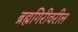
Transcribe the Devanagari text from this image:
ब्रह्मगिरीवरील